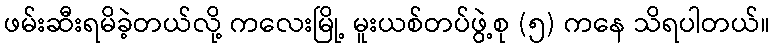
ဖမ်းဆီးရမိခဲ့တယ်လို့ ကလေးမြို့ မူးယစ်တပ်ဖွဲ့စု (၅) ကနေ သိရပါတယ်။